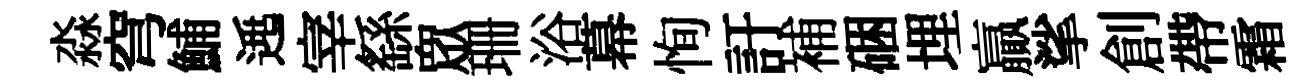
淼穹鯆𨓱宰繇衆珊浴幕恂訏補硱埋贏挲創帶霜